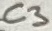
Text: C3